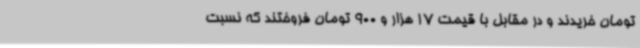
تومان خریدند و در مقابل با قیمت 17 هزار و 900 تومان فروختند که نسبت